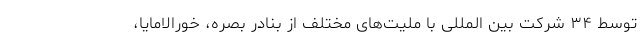
توسط ۳۴ شرکت بین المللی با ملیت‌های مختلف از بنادر بصره، خورالامایا،